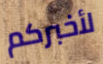
لأخبركم